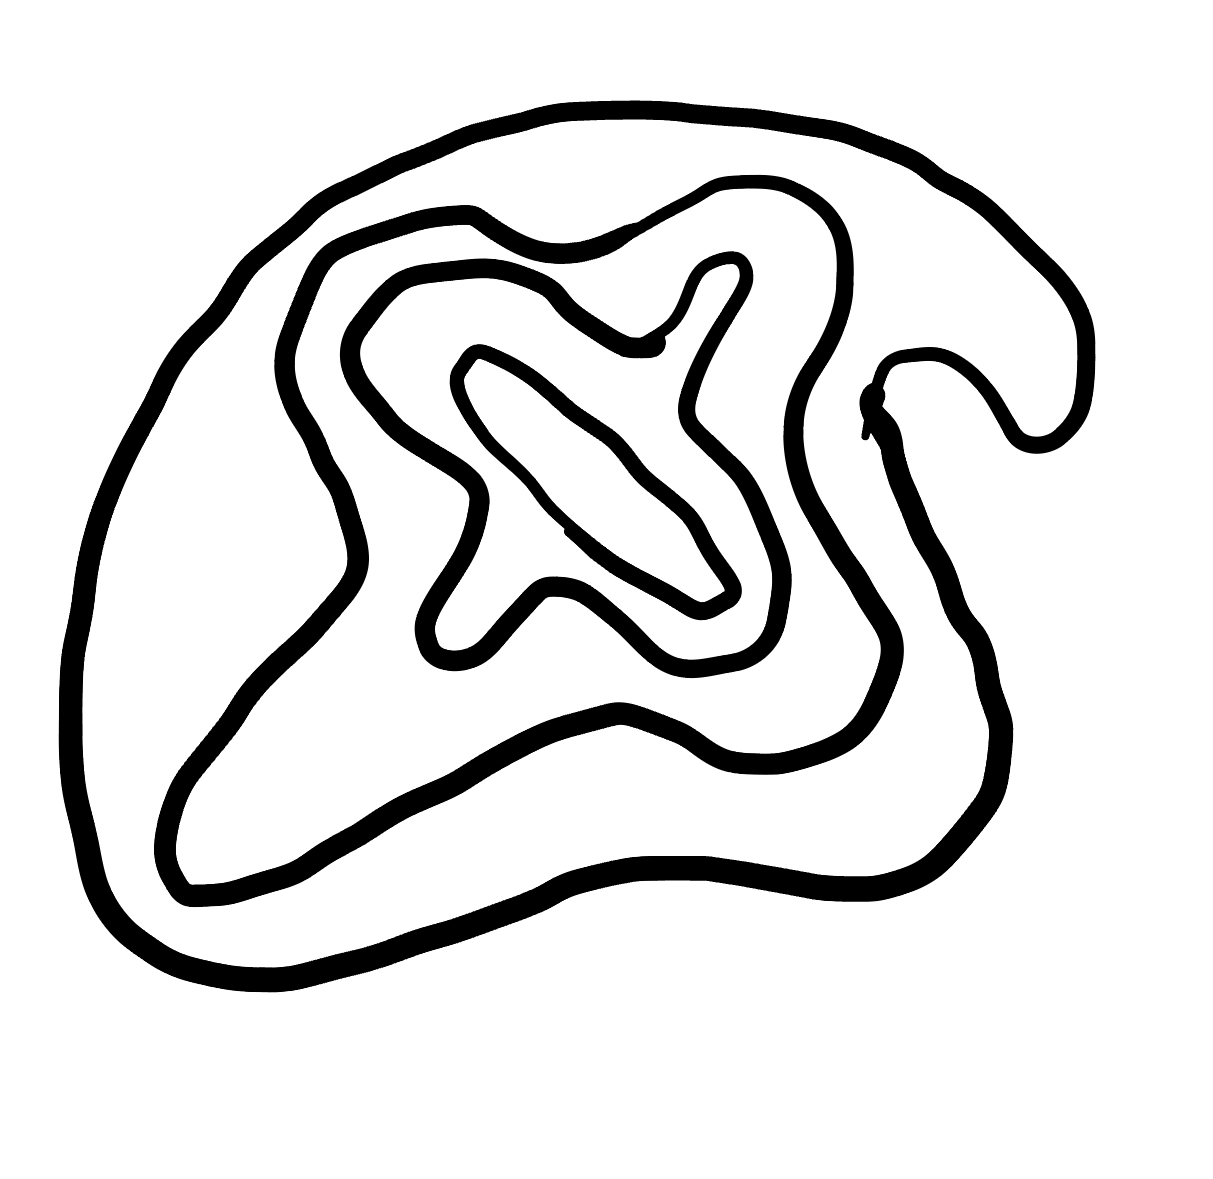
Number of regions (including the outer root region): 5
Containment tree edges (parent, child): 0, 1, 1, 2, 2, 3, 3, 4